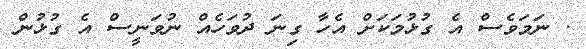
. ނަމަވެސް އެ ގުޅުމަކަށް އެހާ ގިނަ ދުވަހެއް ނުވަނީސް އެ ގުޅުން